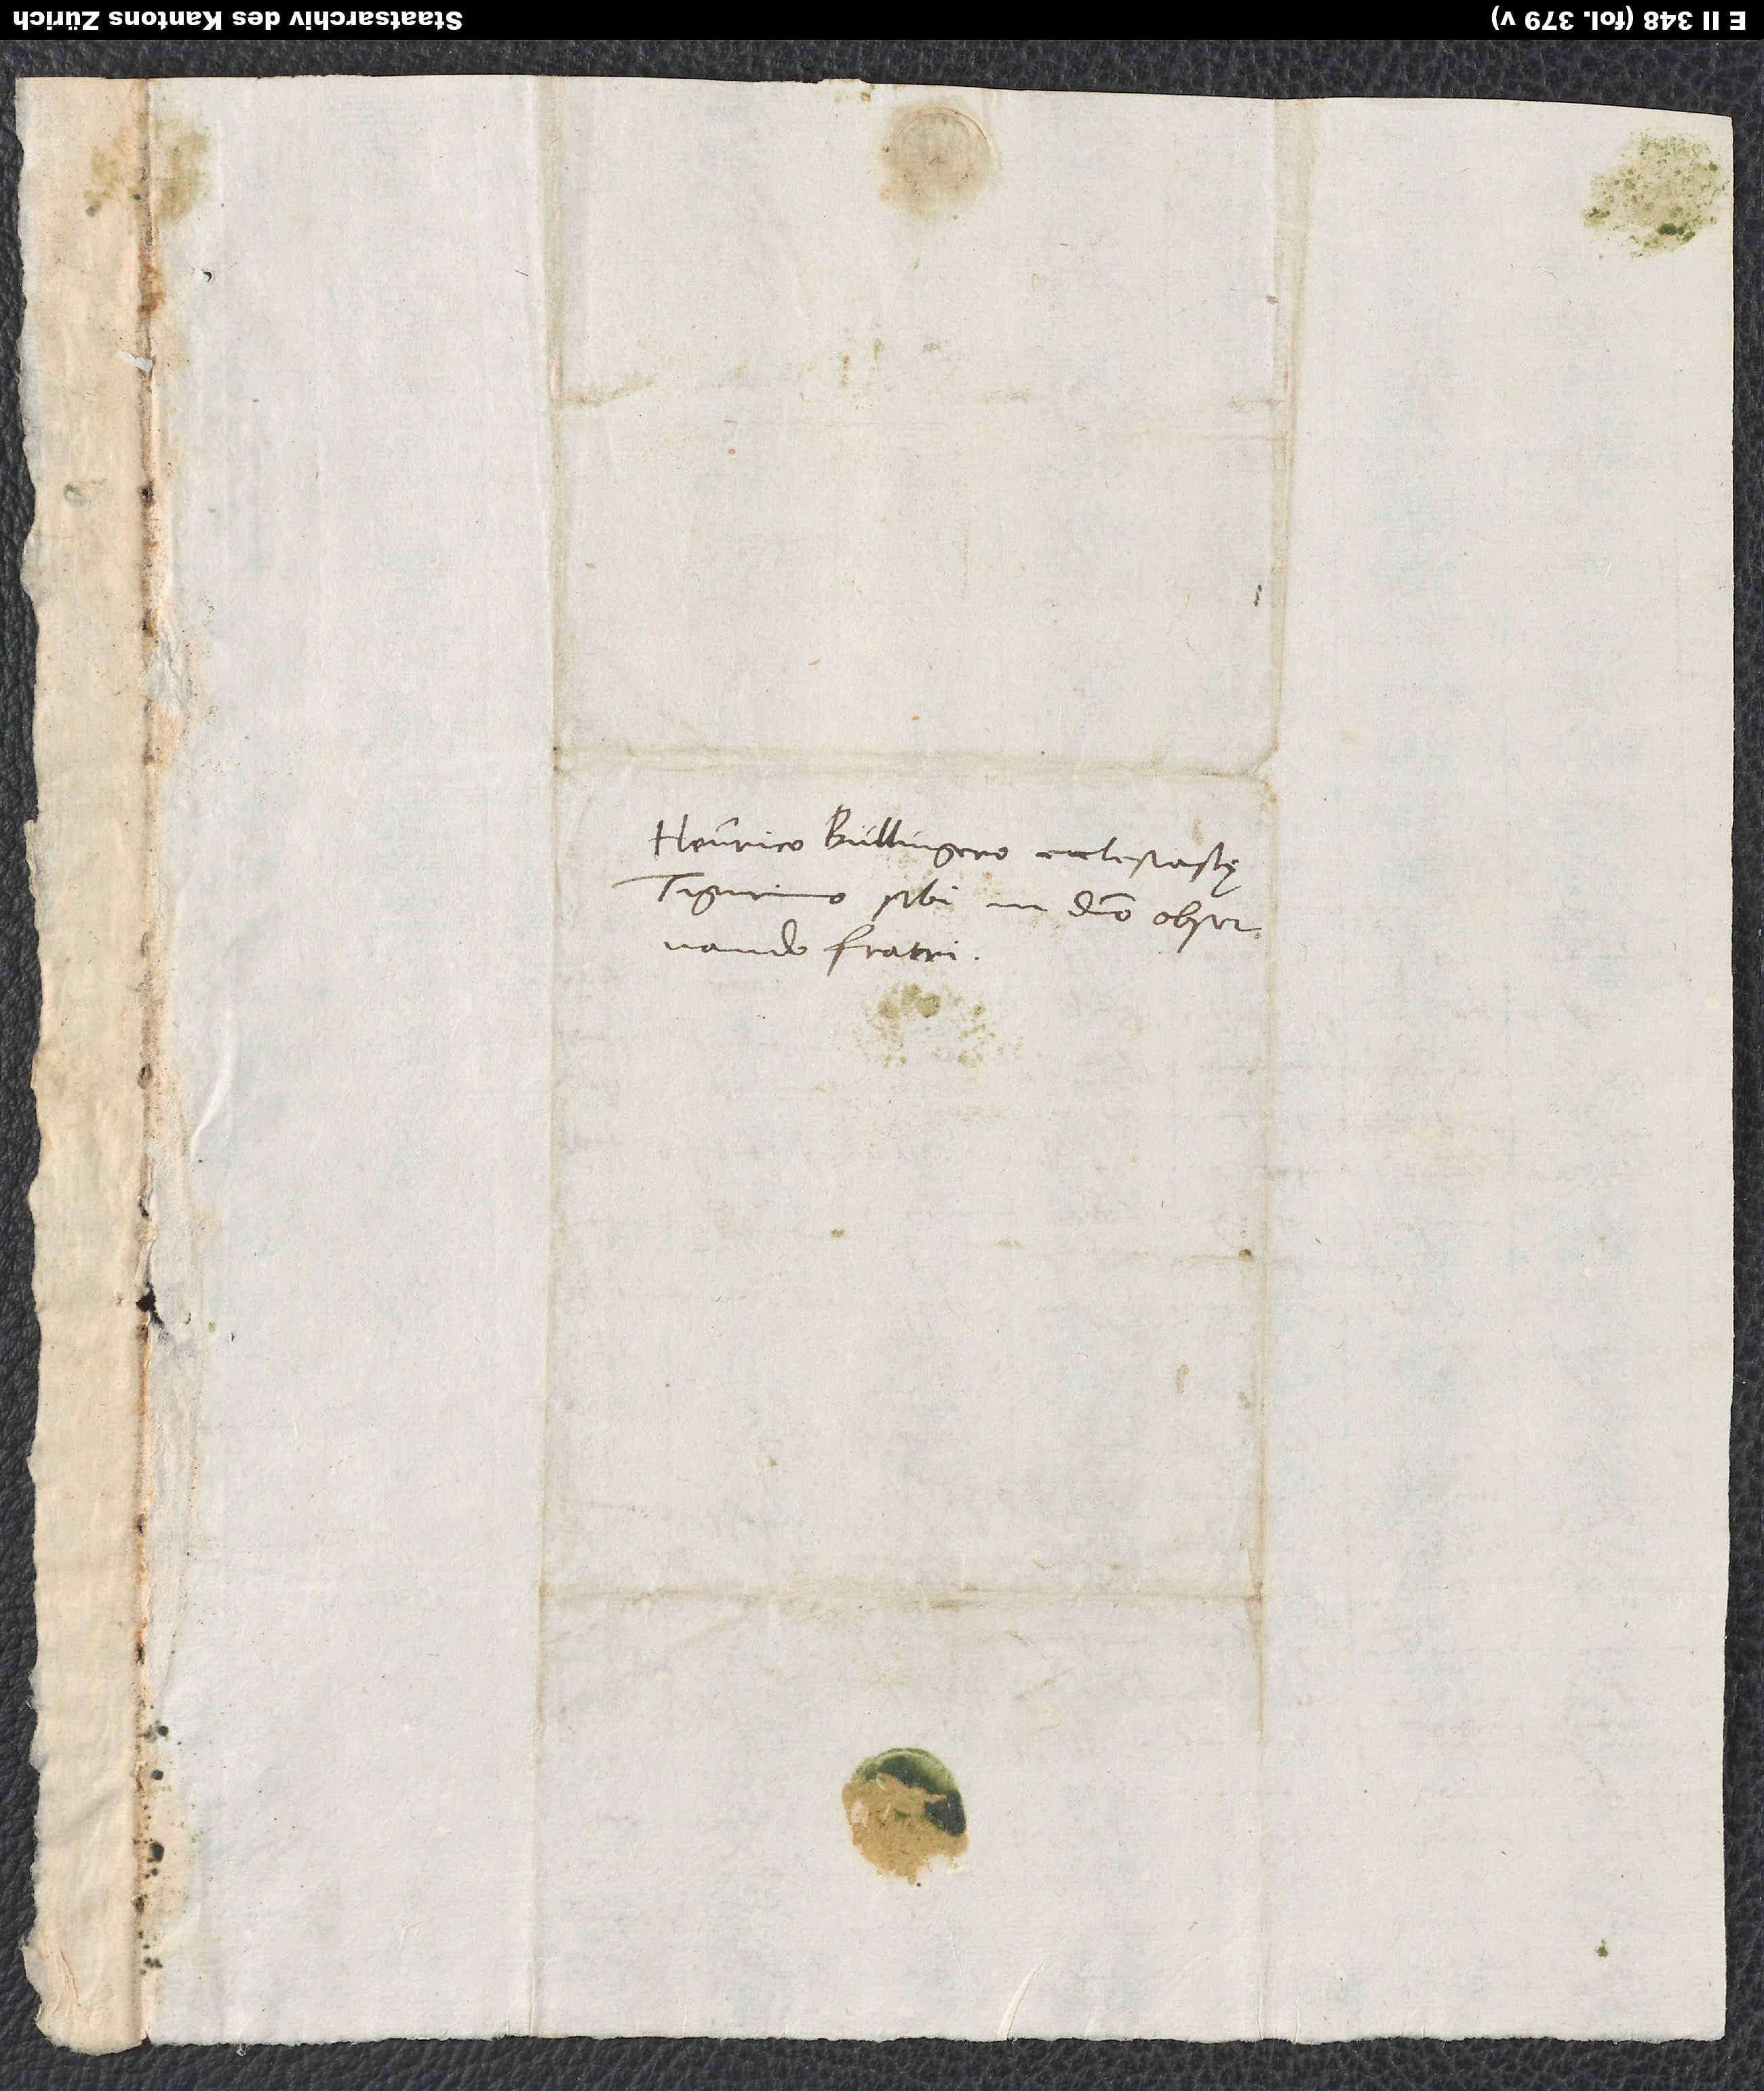
Henrico Bullingero, ecclesiastę
Tigurino, sibi in domino observando
fratri